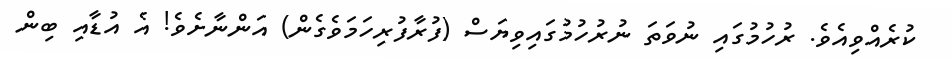
ކުރެއްވިއެވެ. ރުހުމުގައި ނުވަތަ ނުރުހުމުގައިވިޔަސް (ފުރާފުރިހަމަވެގެން) އަންނާށެވެ! އެ އުޑާއި ބިން